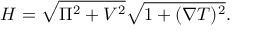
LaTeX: { \cal H } = \sqrt { \Pi ^ { 2 } + V ^ { 2 } } \sqrt { 1 + ( \nabla T ) ^ { 2 } } .